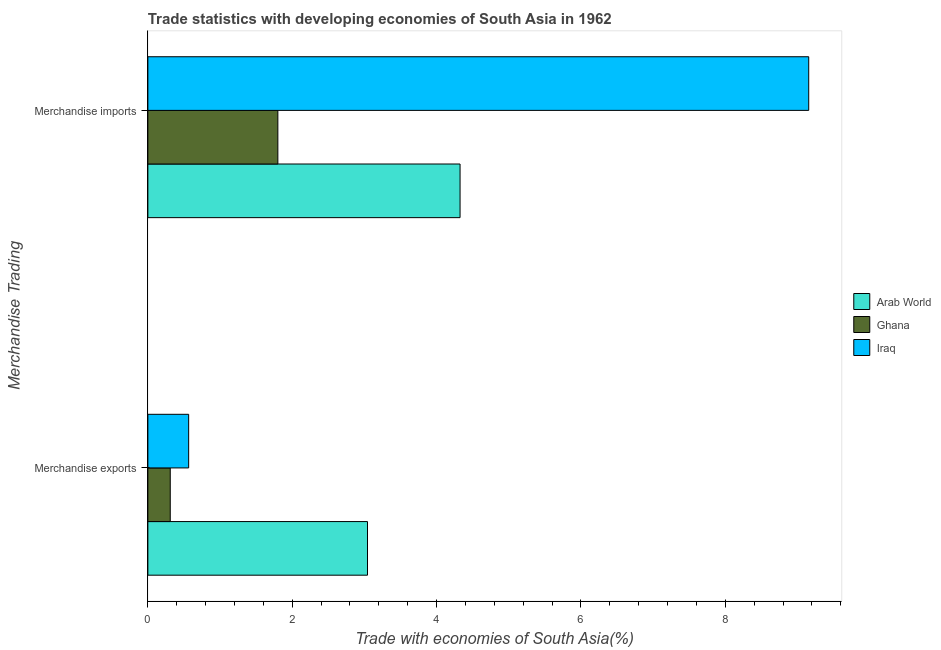
| Merchandise Trading | Arab World | Ghana | Iraq |
 | --- | --- | --- | --- |
 | Merchandise exports | 3.04 | 0.31 | 0.565 |
 | Merchandise imports | 4.32 | 1.8 | 9.15 |